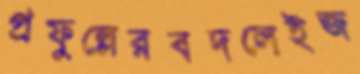
প্রফুল্লেরবদলেইজ